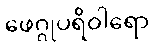
ဖေဂ္ဂုပရိဝါရော